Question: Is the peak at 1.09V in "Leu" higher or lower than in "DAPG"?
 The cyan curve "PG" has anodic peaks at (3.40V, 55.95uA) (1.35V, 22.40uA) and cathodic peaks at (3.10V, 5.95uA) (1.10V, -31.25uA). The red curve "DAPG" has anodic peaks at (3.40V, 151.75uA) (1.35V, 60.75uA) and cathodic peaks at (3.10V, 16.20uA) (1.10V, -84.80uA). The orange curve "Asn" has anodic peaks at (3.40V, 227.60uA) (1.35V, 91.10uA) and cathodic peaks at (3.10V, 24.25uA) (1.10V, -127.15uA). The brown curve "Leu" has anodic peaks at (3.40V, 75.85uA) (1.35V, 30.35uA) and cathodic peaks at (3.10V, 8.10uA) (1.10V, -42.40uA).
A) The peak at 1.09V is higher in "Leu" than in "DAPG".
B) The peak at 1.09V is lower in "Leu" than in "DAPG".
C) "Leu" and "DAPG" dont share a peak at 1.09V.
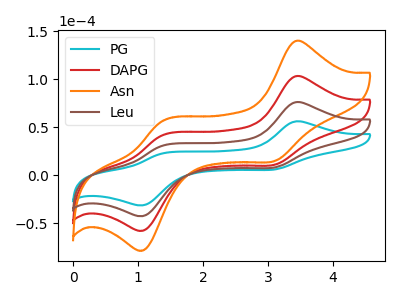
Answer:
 <answer>B) The peak at 1.09V is lower in "Leu" than in "DAPG".</answer>
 <eval>B</eval>